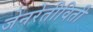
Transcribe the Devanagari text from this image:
जेनरेतीविती